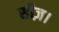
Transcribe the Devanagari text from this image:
सीज़।